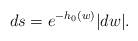
LaTeX: \begin{align*}ds=e^{-h_0(w)}|dw|.\end{align*}